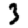
Digit: 3